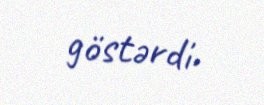
göstərdi.